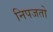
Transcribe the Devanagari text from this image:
निपजतो